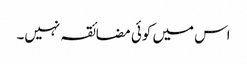
اس میں کوئی مضائقہ نہیں۔